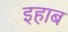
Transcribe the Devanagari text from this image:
इहाब